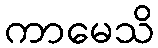
ကာမေသိ